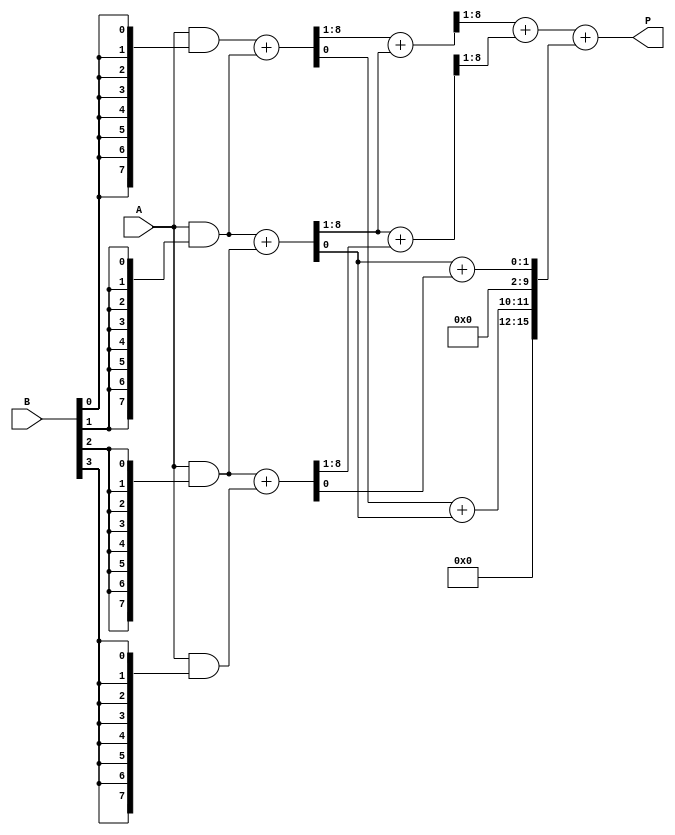
module WallaceTreeMultiplier #(parameter N = 8) (
    input [N-1:0] A,
    input [N-1:0] B,
    output reg [2*N-1:0] P
);

// Generate partial products
wire [N-1:0] pp[N-1:0]; // Partial products
genvar i, j;
generate
    for (i = 0; i < N; i = i + 1) begin : partial_product_generation
        assign pp[i] = A & {N{B[i]}};
    end
endgenerate

// Wallace tree reduction
wire [N + 1:0] level1[N-2:0]; // Level 1
wire [N + 1:0] level2[N-3:0]; // Level 2
wire [N + 1:0] carry[N-3:0];   // Carry from full adders

// First level of reduction
generate
    for (i = 0; i < N-1; i = i + 1) begin : level_1
        if (i < N - 1) begin
            if (i % 2 == 0) begin
                assign level1[i] = pp[i] + pp[i + 1];
            end else begin
                assign level1[i] = {1'b0, pp[i]} + pp[i + 1]; // Align bits
            end
        end
    end
endgenerate

// Second level of reduction
generate
    for (i = 0; i < N-2; i = i + 1) begin : level_2
        if (i < N - 2) begin
            assign level2[i] = level1[i][N:1] + level1[i + 1][N:1]; // Add the upper bits
            assign carry[i] = level1[i][0] + level1[i + 1][0]; // Add lower bits for carry
        end
    end
endgenerate

// Final summation
wire [2*N-1:0] final_sum;
assign final_sum = level2[0][N:1] + level2[1][N:1] + {1'b0, carry[0], carry[1]};

// Assign the product output
always @(*) begin
    P = final_sum;
end

endmodule